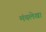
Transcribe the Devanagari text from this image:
मंचलेखा